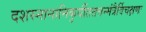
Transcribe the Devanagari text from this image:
दशस्नानानिकुर्वीततत्तन्मंत्रैर्विचक्षणः